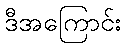
ဒီအကြောင်း